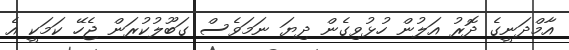
އާމްދަނީގެ ދޮރު އަލުން ހުޅުވިގެން ދިޔަ ނަމަވެސް ގަބޫލުކުރަން ޖެހޭ ކަމަކީ އެ